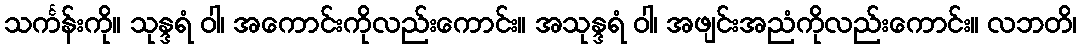
သင်္ကန်းကို။ သုန္ဒရံ ဝါ၊ အကောင်းကိုလည်းကောင်း။ အသုန္ဒရံ ဝါ၊ အဖျင်းအညံကိုလည်းကောင်း။ လဘတိ၊